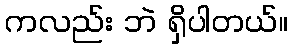
ကလည်း ဘဲ ရှိပါတယ်။